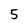
Character: 5